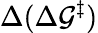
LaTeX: \Delta(\Delta\mathcal{G}^{\ddagger})